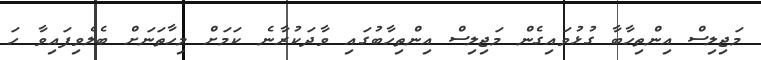
މަޖިލިސް އިންތިހާބާ ގުޅުވައިގެން މަޖިލިސް އިންތިހާބުގައި ވާދަކުރާނެ ކަމަށް މިހާތަނަށް ބެލެވިފައިވާ ހަ